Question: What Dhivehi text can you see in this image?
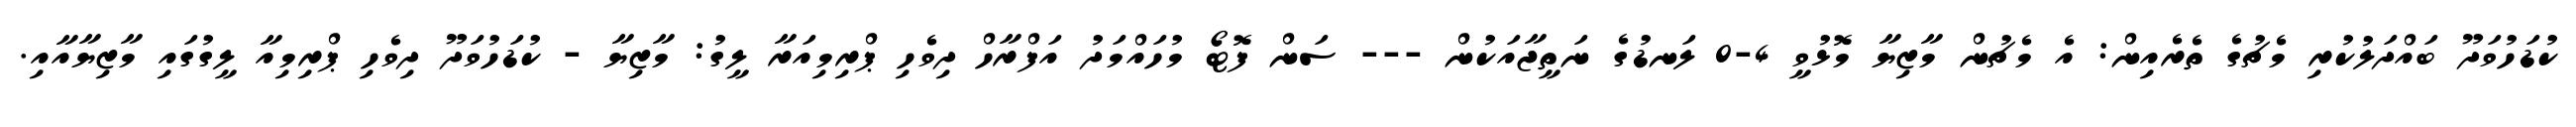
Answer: ކުޑަހުވަދޫ ބައްދަލުކުރި މެޗުގެ ތެރެއިން: އެ މެޗުން މާޒިޔާ މޮޅުވީ 4-0 ލަނޑުގެ ނަތީޖާއަކުން --- ސަން ފޮޓޯ މުހައްމަދު އަފްރާހް ދިވެހި ޕްރިމިއަރާ ލީގު: މާޒިޔާ - ކުޑަހުވަދޫ ދިވެހި ޕްރިމިއާ ލީގުގައި މާޒިޔާއާއި.